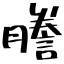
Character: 謄